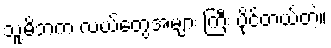
သူ့မိဘက လယ်တွေအများ ကြီး ပိုင်တယ်တဲ့။